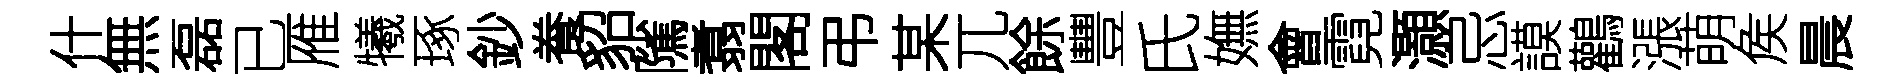
什無磊已雁犧琢鈔飬貂隲翥閣弔某兀餘豐氏嫵會霓灝忌謨鸛漲萌矦晨